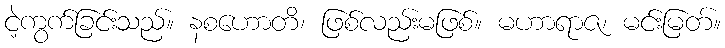
ငဲ့ကွက်ခြင်းသည်။ နစဟောတိ၊ ဖြစ်လည်းမဖြစ်။ မဟာရာဇ၊ မင်းမြတ်။